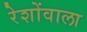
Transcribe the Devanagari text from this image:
रेशोंवाला